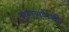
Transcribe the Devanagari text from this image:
सरासरीची